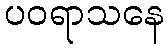
ပဝရာသနေ